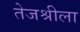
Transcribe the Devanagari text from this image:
तेजश्रीला